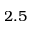
2 . 5